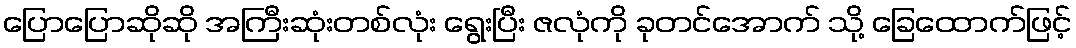
ပြောပြောဆိုဆို အကြီးဆုံးတစ်လုံး ရွေးပြီး ဇလုံကို ခုတင်အောက် သို့ ခြေထောက်ဖြင့်